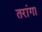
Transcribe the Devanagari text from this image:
तरांगा